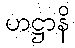
ဟဋ္ဌာနိ